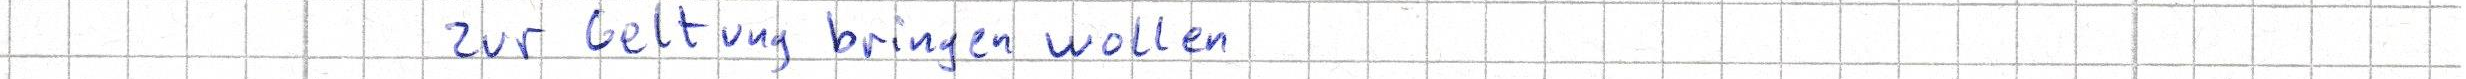
zur Geltung bringen wollen